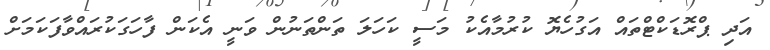
އަދި ޕްރޮޑަކްޓްތައް އަގުހެޔޮ ކުރުމާއެކު މަސީ ކަހަލަ ތަންތަނުން ވަނީ އެކަން ފާހަގަކުރައްވާފަކަމަށް